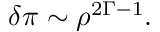
\delta \pi \sim \rho ^ { 2 \Gamma - 1 } .